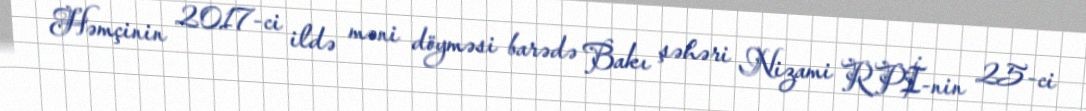
Həmçinin 2017-ci ildə məni döyməsi barədə Bakı şəhəri Nizami RPİ-nin 25-ci